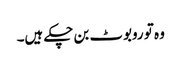
وہ تو روبوٹ بن چکے ہیں۔